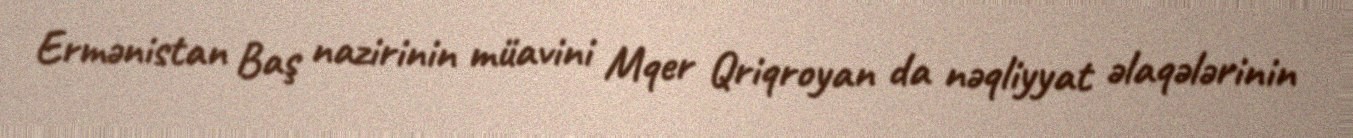
Ermənistan Baş nazirinin müavini Mqer Qriqroyan da nəqliyyat əlaqələrinin